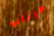
مرتاب